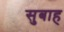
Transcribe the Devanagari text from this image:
सुबाह